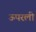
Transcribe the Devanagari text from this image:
ऊपरली